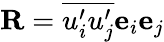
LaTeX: \mathbf{R}=\overline{{u_{i}^{\prime}u_{j}^{\prime}}}\mathbf{e}_{i}\mathbf{e}_{j}